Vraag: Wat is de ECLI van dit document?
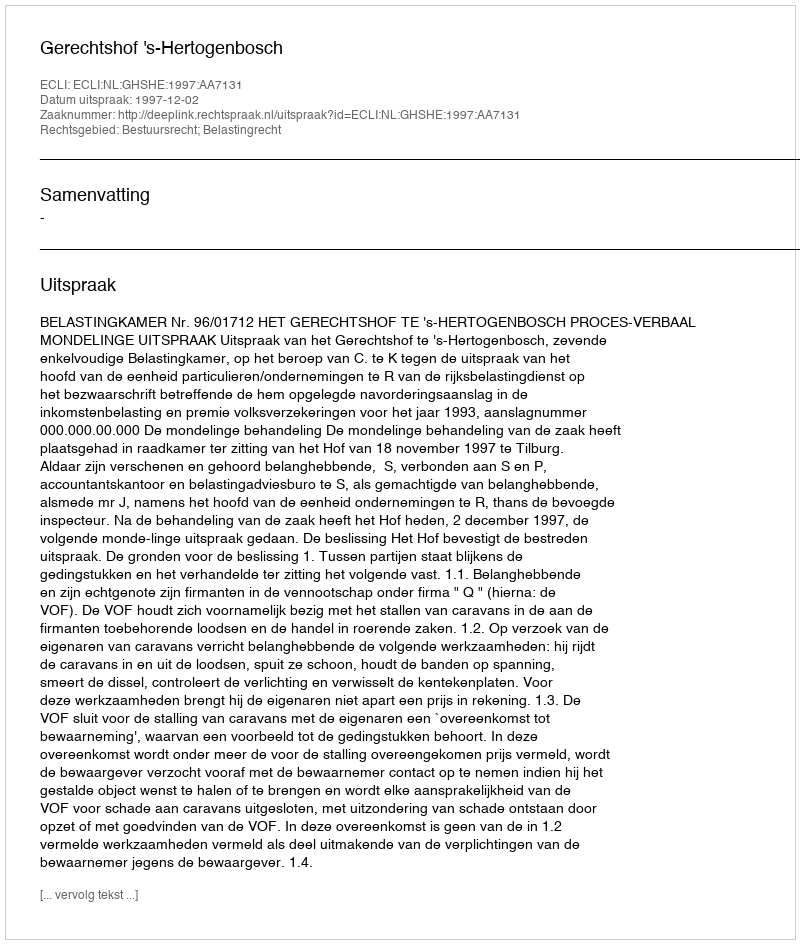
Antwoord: ECLI:NL:GHSHE:1997:AA7131